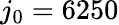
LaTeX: j_{0}=6250